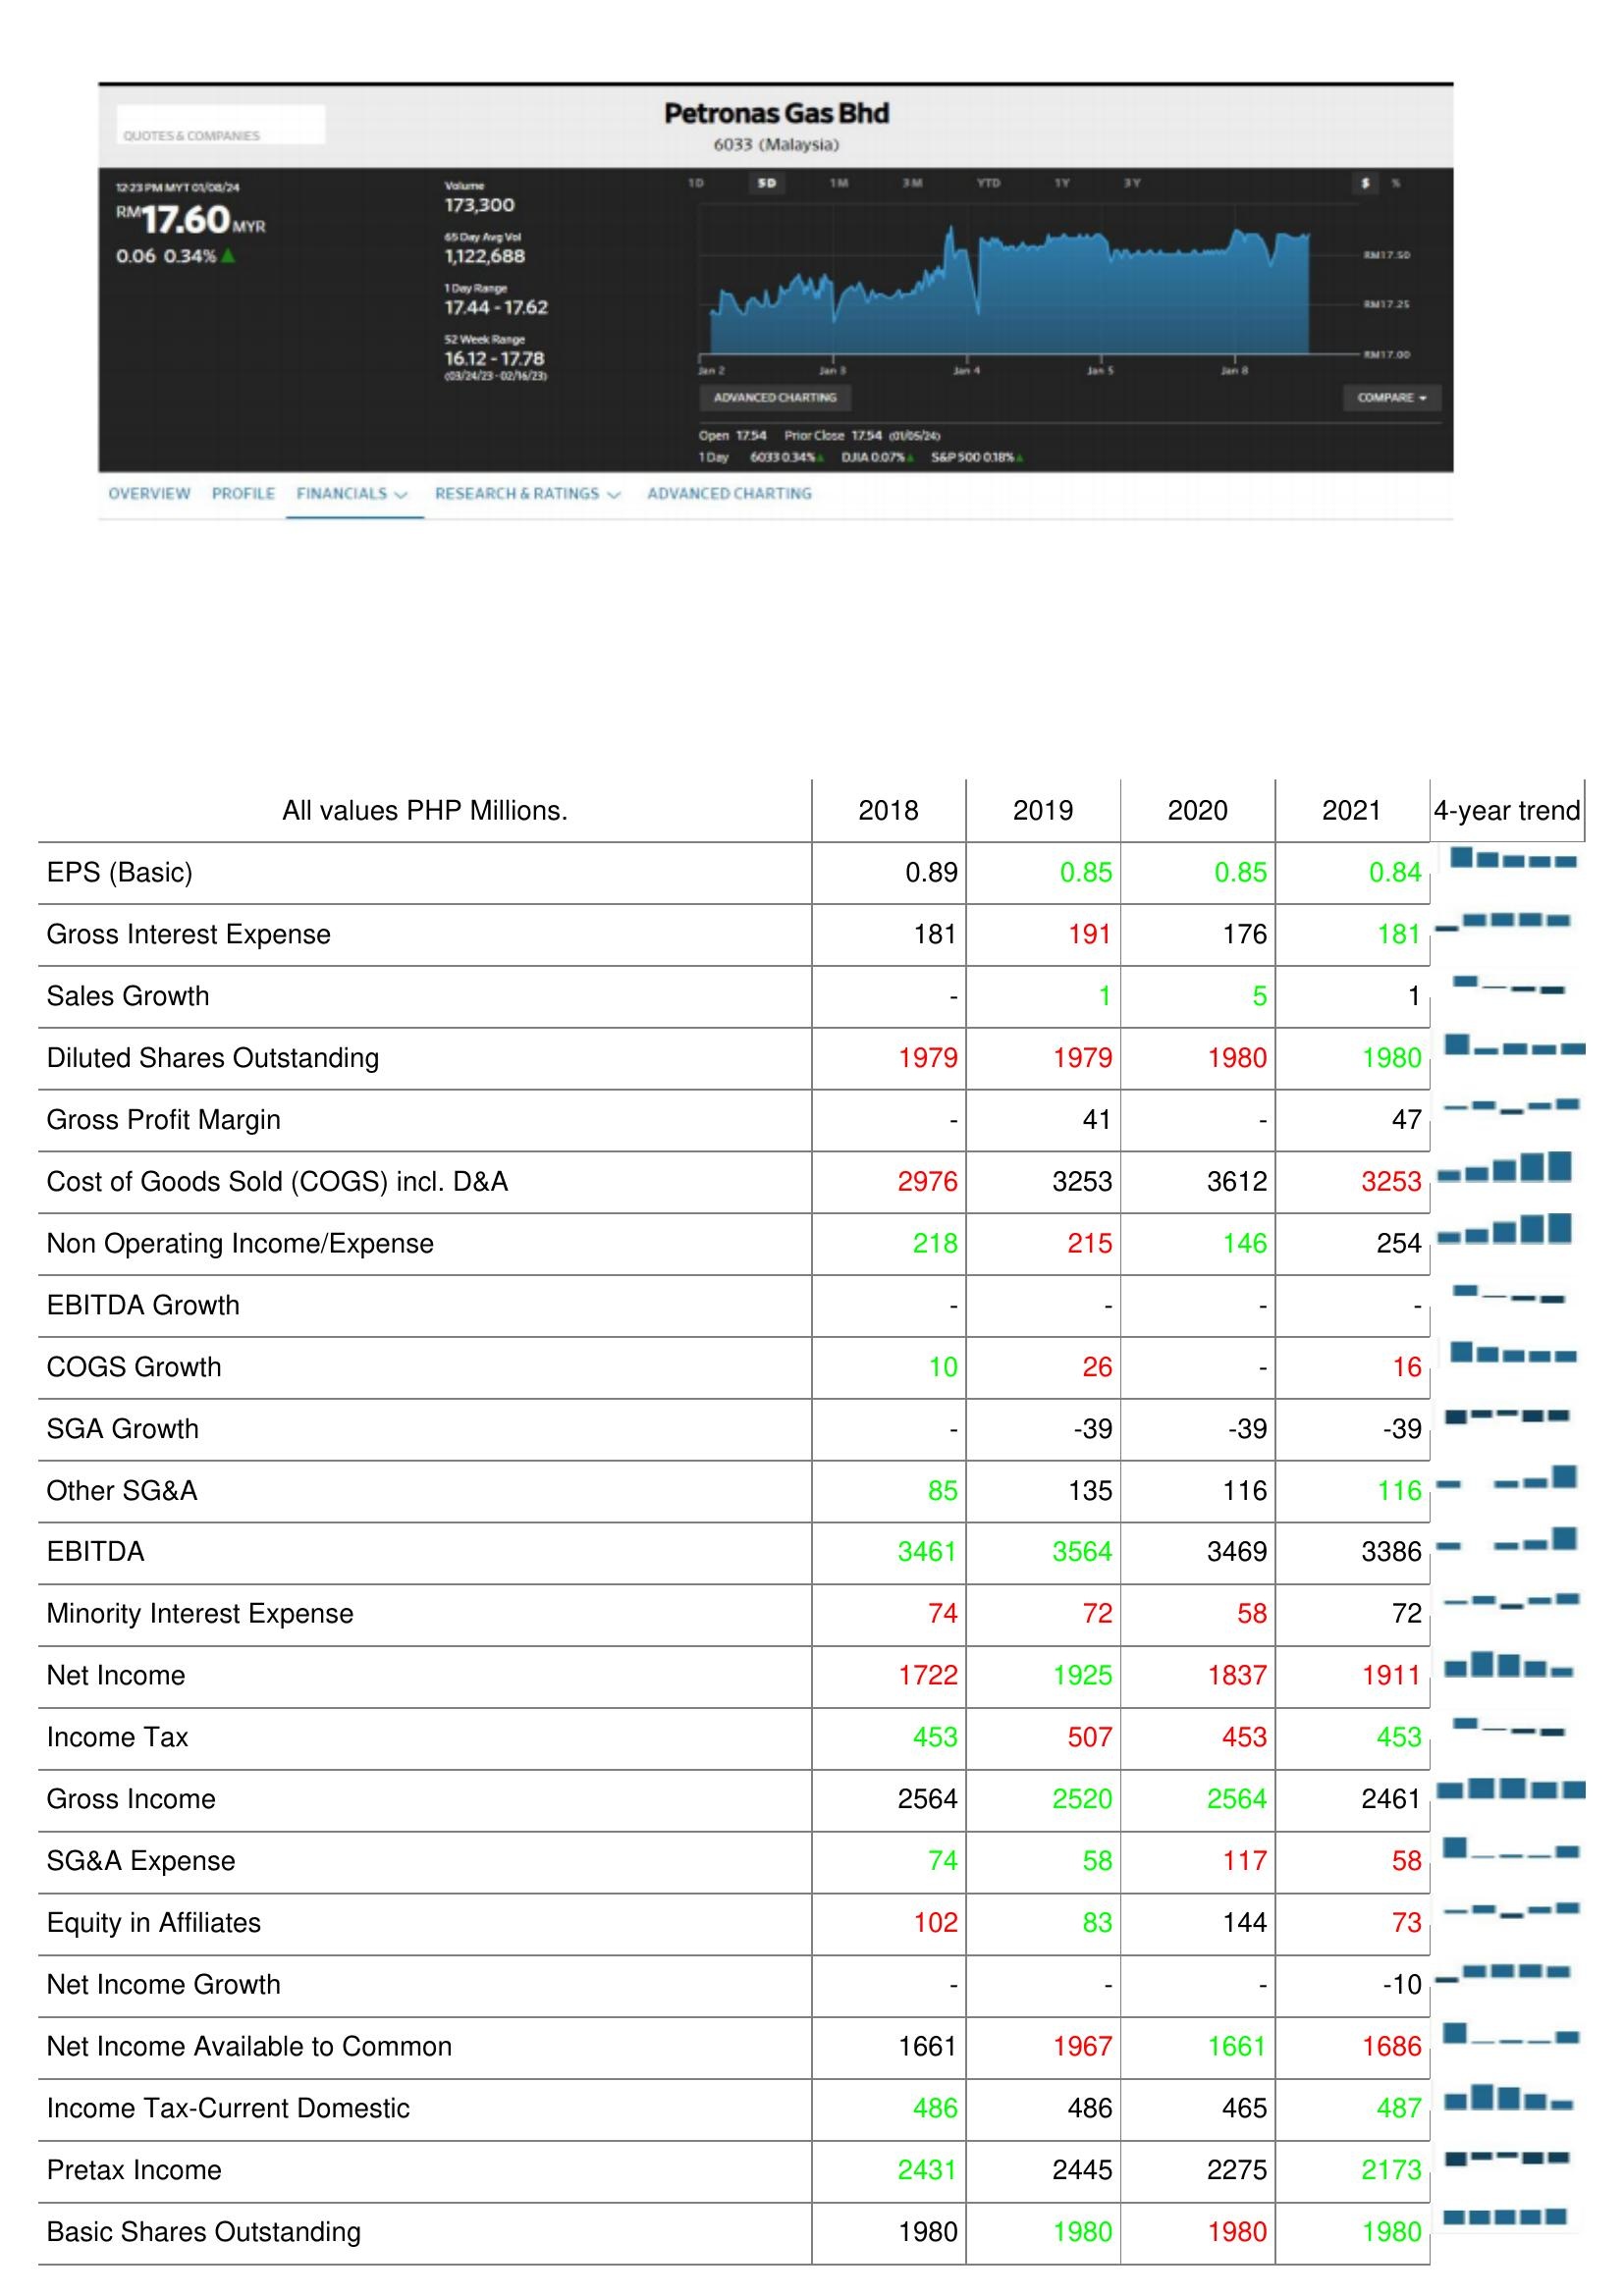
2018: : EPS (Basic): 0.89
Gross Interest Expense: 181
Sales Growth: -
Diluted Shares Outstanding: 1979
Gross Profit Margin: -
Cost of Goods Sold (COGS) incl. D&A: 2976
Non Operating Income/Expense: 218
EBITDA Growth: -
COGS Growth: 10
SGA Growth: -
Other SG&A: 85
EBITDA: 3461
Minority Interest Expense: 74
Net Income: 1722
Income Tax: 453
Gross Income: 2564
SG&A Expense: 74
Equity in Affiliates: 102
Net Income Growth: -
Net Income Available to Common: 1661
Income Tax-Current Domestic: 486
Pretax Income: 2431
Basic Shares Outstanding: 1980
2019: : EPS (Basic): 0.85
Gross Interest Expense: 191
Sales Growth: 1
Diluted Shares Outstanding: 1979
Gross Profit Margin: 41
Cost of Goods Sold (COGS) incl. D&A: 3253
Non Operating Income/Expense: 215
EBITDA Growth: -
COGS Growth: 26
SGA Growth: -39
Other SG&A: 135
EBITDA: 3564
Minority Interest Expense: 72
Net Income: 1925
Income Tax: 507
Gross Income: 2520
SG&A Expense: 58
Equity in Affiliates: 83
Net Income Growth: -
Net Income Available to Common: 1967
Income Tax-Current Domestic: 486
Pretax Income: 2445
Basic Shares Outstanding: 1980
2020: : EPS (Basic): 0.85
Gross Interest Expense: 176
Sales Growth: 5
Diluted Shares Outstanding: 1980
Gross Profit Margin: -
Cost of Goods Sold (COGS) incl. D&A: 3612
Non Operating Income/Expense: 146
EBITDA Growth: -
COGS Growth: -
SGA Growth: -39
Other SG&A: 116
EBITDA: 3469
Minority Interest Expense: 58
Net Income: 1837
Income Tax: 453
Gross Income: 2564
SG&A Expense: 117
Equity in Affiliates: 144
Net Income Growth: -
Net Income Available to Common: 1661
Income Tax-Current Domestic: 465
Pretax Income: 2275
Basic Shares Outstanding: 1980
2021: : EPS (Basic): 0.84
Gross Interest Expense: 181
Sales Growth: 1
Diluted Shares Outstanding: 1980
Gross Profit Margin: 47
Cost of Goods Sold (COGS) incl. D&A: 3253
Non Operating Income/Expense: 254
EBITDA Growth: -
COGS Growth: 16
SGA Growth: -39
Other SG&A: 116
EBITDA: 3386
Minority Interest Expense: 72
Net Income: 1911
Income Tax: 453
Gross Income: 2461
SG&A Expense: 58
Equity in Affiliates: 73
Net Income Growth: -10
Net Income Available to Common: 1686
Income Tax-Current Domestic: 487
Pretax Income: 2173
Basic Shares Outstanding: 1980